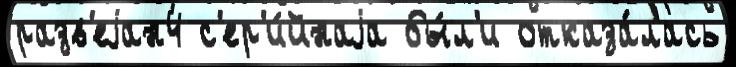
разв'еjан4 с'ер'и́йнаjа бы́л'и отказа́лась